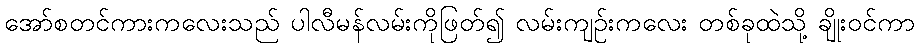
အော်စတင်ကားကလေးသည် ပါလီမန်လမ်းကိုဖြတ်၍ လမ်းကျဉ်းကလေး တစ်ခုထဲသို့ ချိုးဝင်ကာ